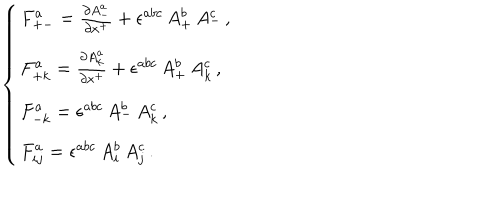
\left\{ \begin{array} { l } { { F _ { + - } ^ { a } = \frac { \partial A _ { - } ^ { a } } { \partial x ^ { + } } + \epsilon ^ { a b c } \, A _ { + } ^ { b } \, A _ { - } ^ { c } \, , } } \\ { { F _ { + k } ^ { a } = \frac { \partial A _ { k } ^ { a } } { \partial x ^ { + } } + \epsilon ^ { a b c } \, A _ { + } ^ { b } \, A _ { k } ^ { c } \, , } } \\ { { F _ { - k } ^ { a } = \epsilon ^ { a b c } \, A _ { - } ^ { b } \, A _ { k } ^ { c } \, , } } \\ { { F _ { i j } ^ { a } = \epsilon ^ { a b c } \, A _ { i } ^ { b } \, A _ { j } ^ { c } \, . } } \\ \end{array} \right.